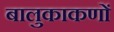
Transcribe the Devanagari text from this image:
बालुकाकणों